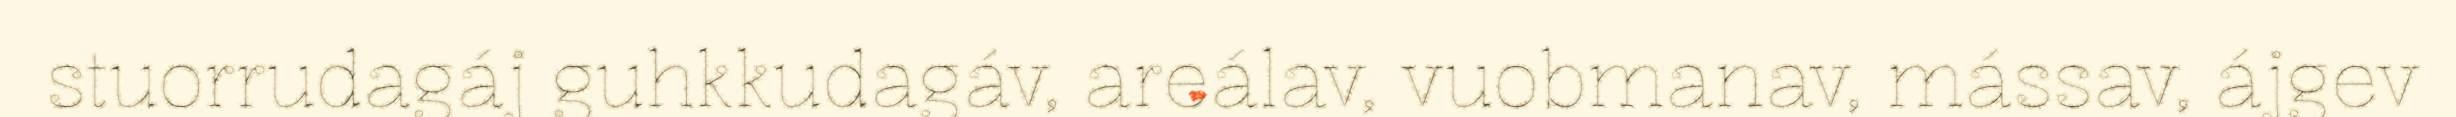
stuorrudagáj guhkkudagáv, areálav, vuobmanav, mássav, ájgev